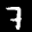
Label: 7